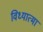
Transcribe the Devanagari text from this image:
विध्यात्मा